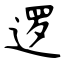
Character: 逻